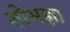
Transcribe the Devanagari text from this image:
शोभज्ञा